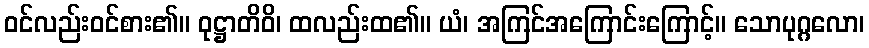
ဝင်လည်းဝင်စား၏။ ဝုဋ္ဌာတိဝိ၊ ထလည်းထ၏။ ယံ၊ အကြင်အကြောင်းကြောင့်။ သောပုဂ္ဂလော၊